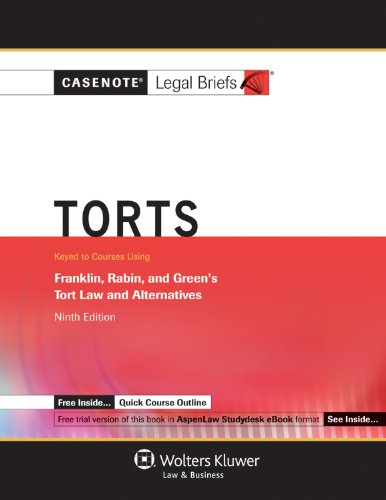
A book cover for Casenote Legal Briefs: Torts Keyed to Franklin, Rabin & Greene, 9th Edition; Casenotes Legal Briefs; Law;